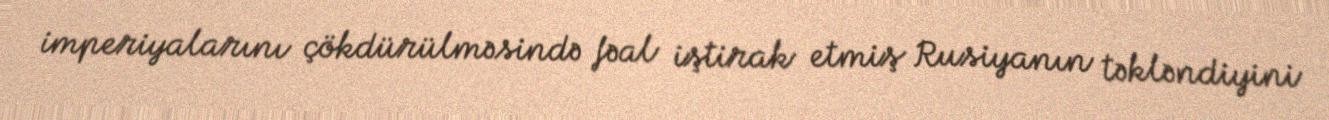
imperiyalarını çökdürülməsində fəal iştirak etmiş Rusiyanın təkləndiyini